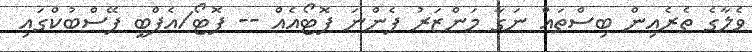
ވެލާގެ ތެރެއިން ބިސްތައް ނަގާ މަންޒަރު ފެންނަ ފޮޓޯއެއް -- ފޮޓޯ/އެފްބީ ފޭސްބުކްގައި